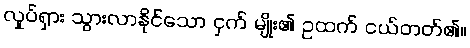
လှုပ်ရှား သွားလာနိုင်သော ငှက် မျိုး၏ ဥထက် ငယ်တတ်၏။